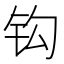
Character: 钩